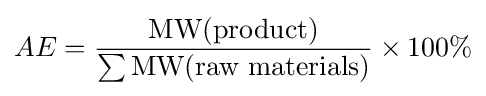
AE={\frac {\text{MW(product)}}{\sum {\text{MW(raw materials)}}}}\times 100\%